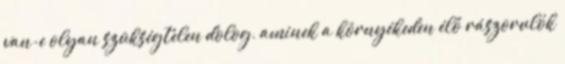
van-e olyan szükségtelen dolog, aminek a környékeden élő rászorulók